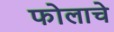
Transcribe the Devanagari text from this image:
फोलाचे